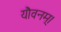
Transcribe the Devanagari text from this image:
यौवनम्।